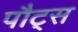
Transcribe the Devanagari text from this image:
पौट्स